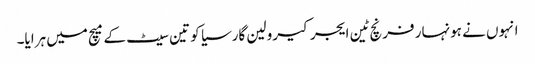
انہوں نے ہونہار فرنچ ٹین ایجر کیرولین گارسیا کو تین سیٹ کے میچ میں ہرایا۔